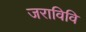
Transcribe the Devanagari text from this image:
जराविवि